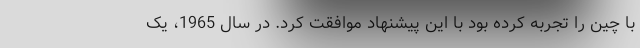
با چین را تجربه کرده بود با این پیشنهاد موافقت کرد. در سال 1965، یک